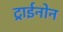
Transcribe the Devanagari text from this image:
ट्राईनोन